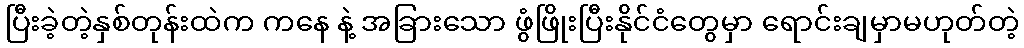
ပြီးခဲ့တဲ့နှစ်တုန်းထဲက ကနေ နဲ့ အခြားသော ဖွံဖြိုးပြီးနိုင်ငံတွေမှာ ရောင်းချမှာမဟုတ်တဲ့